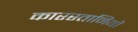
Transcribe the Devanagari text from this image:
कारस्तानियाॅ